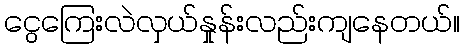
ငွေကြေးလဲလှယ်နှုန်းလည်းကျနေတယ်။